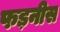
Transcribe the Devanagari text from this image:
फड़नीस